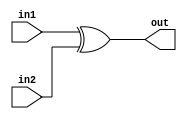
module a1(
    input in1,
    input in2,
    output out
);
    assign out = in1^in2;
    
endmodule

module a2(
    input in,
    output out
);
    assign out = in&1;
    
endmodule

module module_p(
    input in1, 
    input in2, 
    output out
);

	wire tmp1, tmp2, tmp3;

	a1 inst1 (in1, in2, tmp1);
	a2 inst2 (tmp1, tmp2);
	a2 inst3 (in2, tmp3);
	a1 inst4 (tmp2, tmp3, out);

endmodule